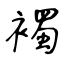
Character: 襡